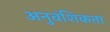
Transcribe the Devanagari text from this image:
अनुवंशिकता